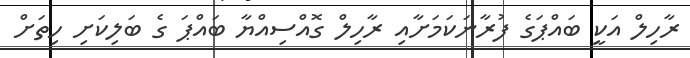
ރާހިލް އަކީ ބައްޕަގެ ފުރާނަކަމަށާއި ރާހިލް ގޮއްސިއްޔާ ބައްޕަ ގެ ބަލިކަށި ހިތަށް